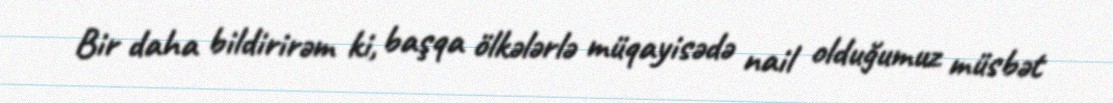
Bir daha bildirirəm ki, başqa ölkələrlə müqayisədə nail olduğumuz müsbət